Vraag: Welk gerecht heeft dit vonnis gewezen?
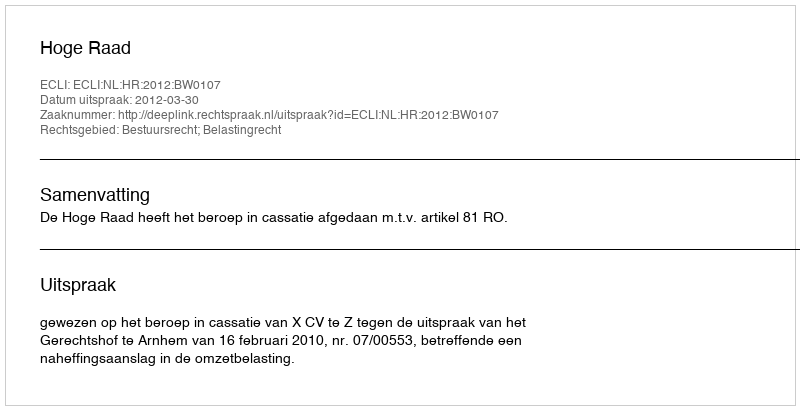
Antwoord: Hoge Raad